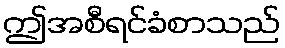
ဤအစီရင်ခံစာသည်